画像に写った文字を読んでください
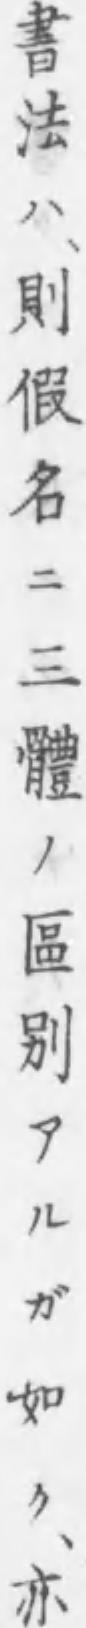
「書法ハ、則假名ニ三體ノ區别アルガ如ク、亦」と書いてあります